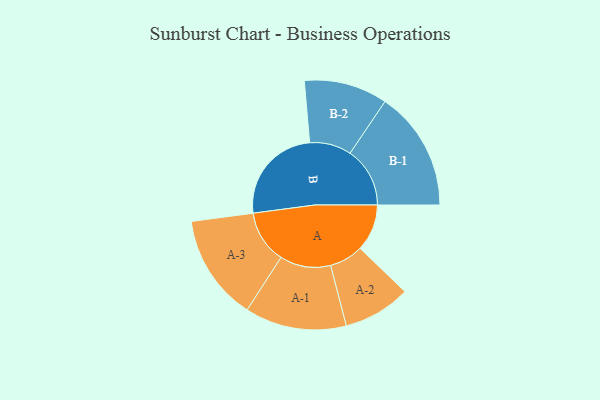
{"axis": {"x": "Segment", "y": "Value"}, "legend": ["", "A", "B"], "data": [{"x": "A", "y": 171, "type": ""}, {"x": "B", "y": 361, "type": ""}, {"x": "A-1", "y": 185, "type": "A"}, {"x": "A-2", "y": 123, "type": "A"}, {"x": "A-3", "y": 193, "type": "A"}, {"x": "B-1", "y": 218, "type": "B"}, {"x": "B-2", "y": 152, "type": "B"}]}